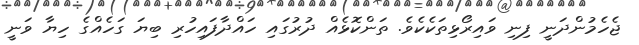
ޖެހެމުންދަނީ ފިނި ވައިރޯޅިތަކެކެވެ. ތަންކޮޅެއް ދުރުގައި ހައްދާފައިހުރި ބިޔަ ގަހެއްގެ ހިޔާ ވަނީ